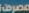
مصرف